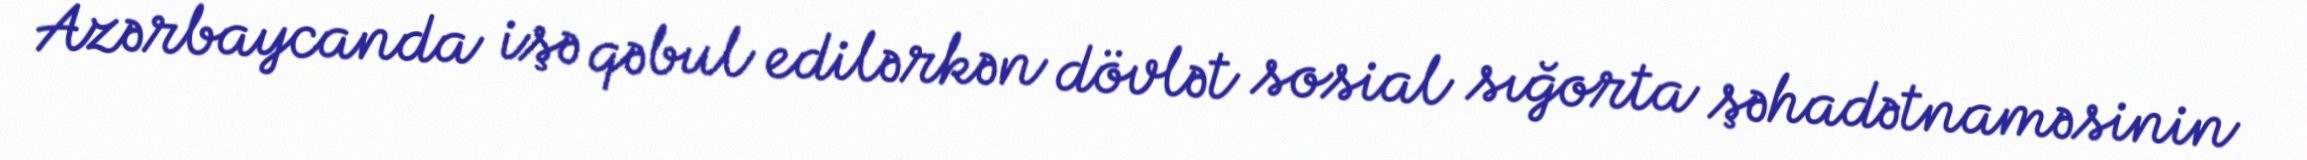
Azərbaycanda işə qəbul edilərkən dövlət sosial sığorta şəhadətnaməsinin